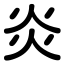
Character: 炎